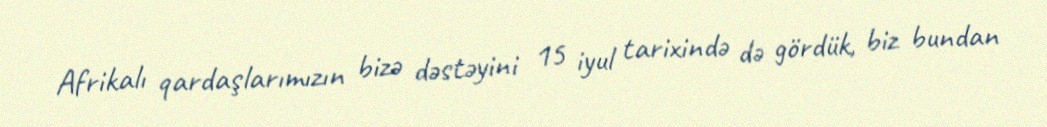
Afrikalı qardaşlarımızın bizə dəstəyini 15 iyul tarixində də gördük, biz bundan